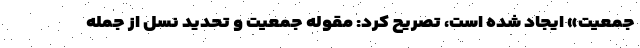
جمعیت» ایجاد شده است، تصریح کرد: مقوله جمعیت و تحدید نسل از جمله